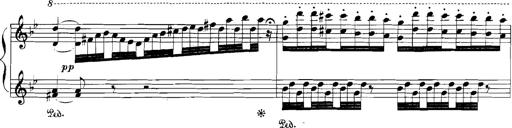
Title: Rhapsodies hongroises
Composer: Franz Liszt